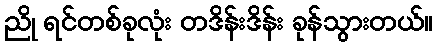
ညို ရင်တစ်ခုလုံး တဒိန်းဒိန်း ခုန်သွားတယ်။